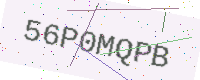
Text: 56P0MQPB